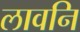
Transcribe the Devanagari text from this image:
लावनि